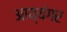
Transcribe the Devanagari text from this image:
अाय्यंगर